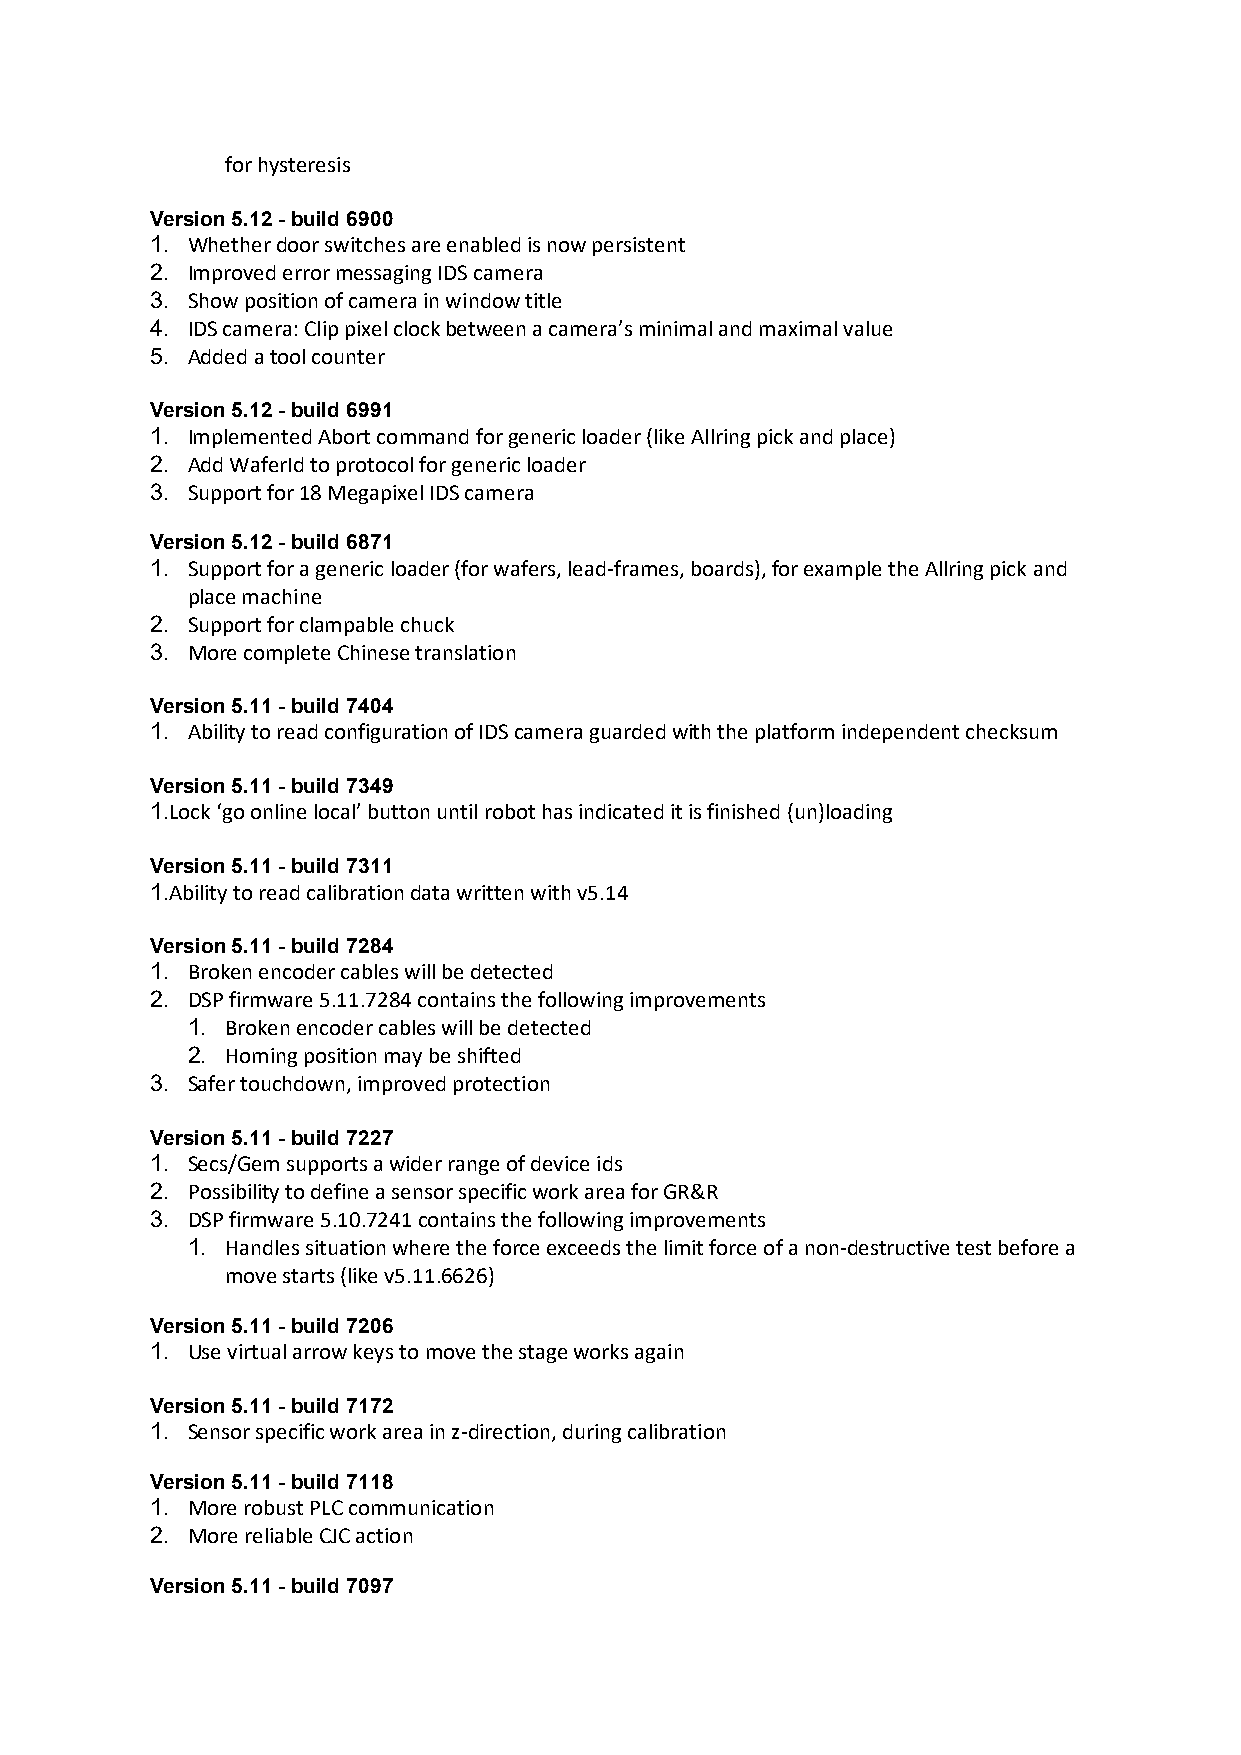
for hysteresis
 Version 5.12 - build 6900
 1. Whether door switches are enabled is now persistent
 2. Improved error messaging IDS camera
 3. Show position of camera in window title
 4. IDS camera: Clip pixel clock between a camera’s minimal and maximal value
 5. Added a tool counter
 Version 5.12 - build 6991
 1. Implemented Abort command for generic loader (like Allring pick and place)
 2. Add WaferId to protocol for generic loader
 3. Support for 18 Megapixel IDS camera
 Version 5.12 - build 6871
 1. Support for a generic loader (for wafers, lead-frames, boards), for example the Allring pick and
 place machine
 2. Support for clampable chuck
 3. More complete Chinese translation
 Version 5.11 - build 7404
 1. Ability to read configuration of IDS camera guarded with the platform independent checksum
 Version 5.11 - build 7349
 1.Lock ‘go online local’ button until robot has indicated it is finished (un)loading
 Version 5.11 - build 7311
 1.Ability to read calibration data written with v5.14
 Version 5.11 - build 7284
 1. Broken encoder cables will be detected
 2. DSP firmware 5.11.7284 contains the following improvements
 1. Broken encoder cables will be detected
 2. Homing position may be shifted
 3. Safer touchdown, improved protection
 Version 5.11 - build 7227
 1. Secs/Gem supports a wider range of device ids
 2. Possibility to define a sensor specific work area for GR&R
 3. DSP firmware 5.10.7241 contains the following improvements
 1. Handles situation where the force exceeds the limit force of a non-destructive test before a
 move starts (like v5.11.6626)
 Version 5.11 - build 7206
 1. Use virtual arrow keys to move the stage works again
 Version 5.11 - build 7172
 1. Sensor specific work area in z-direction, during calibration
 Version 5.11 - build 7118
 1. More robust PLC communication
 2. More reliable CJC action
 Version 5.11 - build 7097